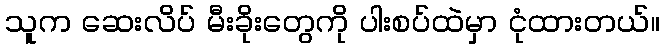
သူက ဆေးလိပ် မီးခိုးတွေကို ပါးစပ်ထဲမှာ ငုံထားတယ်။